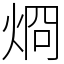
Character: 烱